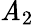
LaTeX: \mathit{A}_{2}